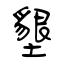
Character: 墾